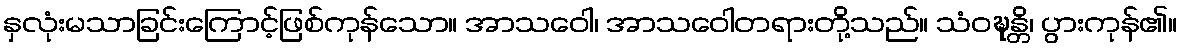
နှလုံးမသာခြင်းကြောင့်ဖြစ်ကုန်သော။ အာသဝေါ၊ အာသဝေါတရားတို့သည်။ သံဝဍ္ဎန္တိ၊ ပွားကုန်၏။